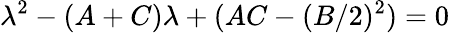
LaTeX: \lambda^{2}-(A+C)\lambda+(AC-(B/2)^{2})=0